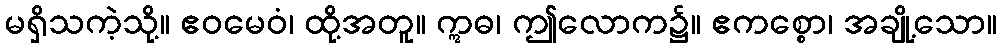
မရှိသကဲ့သို့။ ဧဝမေဝံ၊ ထို့အတူ။ ဣဓ၊ ဤလောက၌။ ဧကစ္စော၊ အချို့သော။